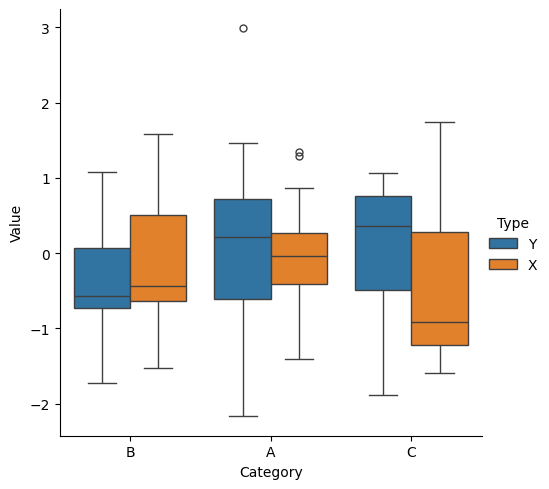
python, seaborn, catplot, kind='box', height=5, aspect=1